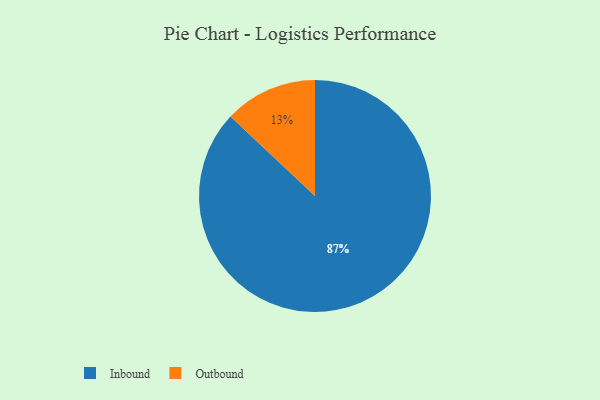
{"axis": {"x": "Category", "y": "Percentage"}, "legend": ["Inbound", "Outbound"], "data": [{"x": "Outbound", "y": 13, "type": "Outbound"}, {"x": "Inbound", "y": 87, "type": "Inbound"}]}